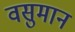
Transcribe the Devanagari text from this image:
वसुमान